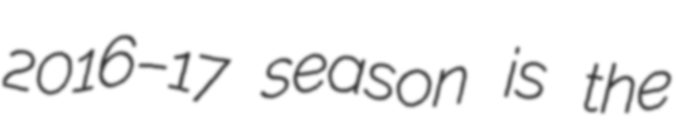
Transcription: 2016–17 season is the